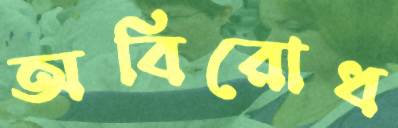
অবিরোধ